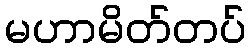
မဟာမိတ်တပ်